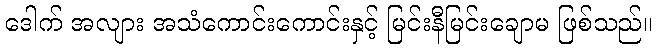
ဒေါက် အလျား အသံကောင်းကောင်းနှင့် မြင်းနီမြင်းချောမ ဖြစ်သည်။